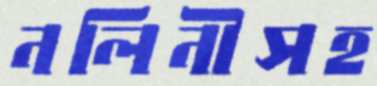
নলিনীসহ